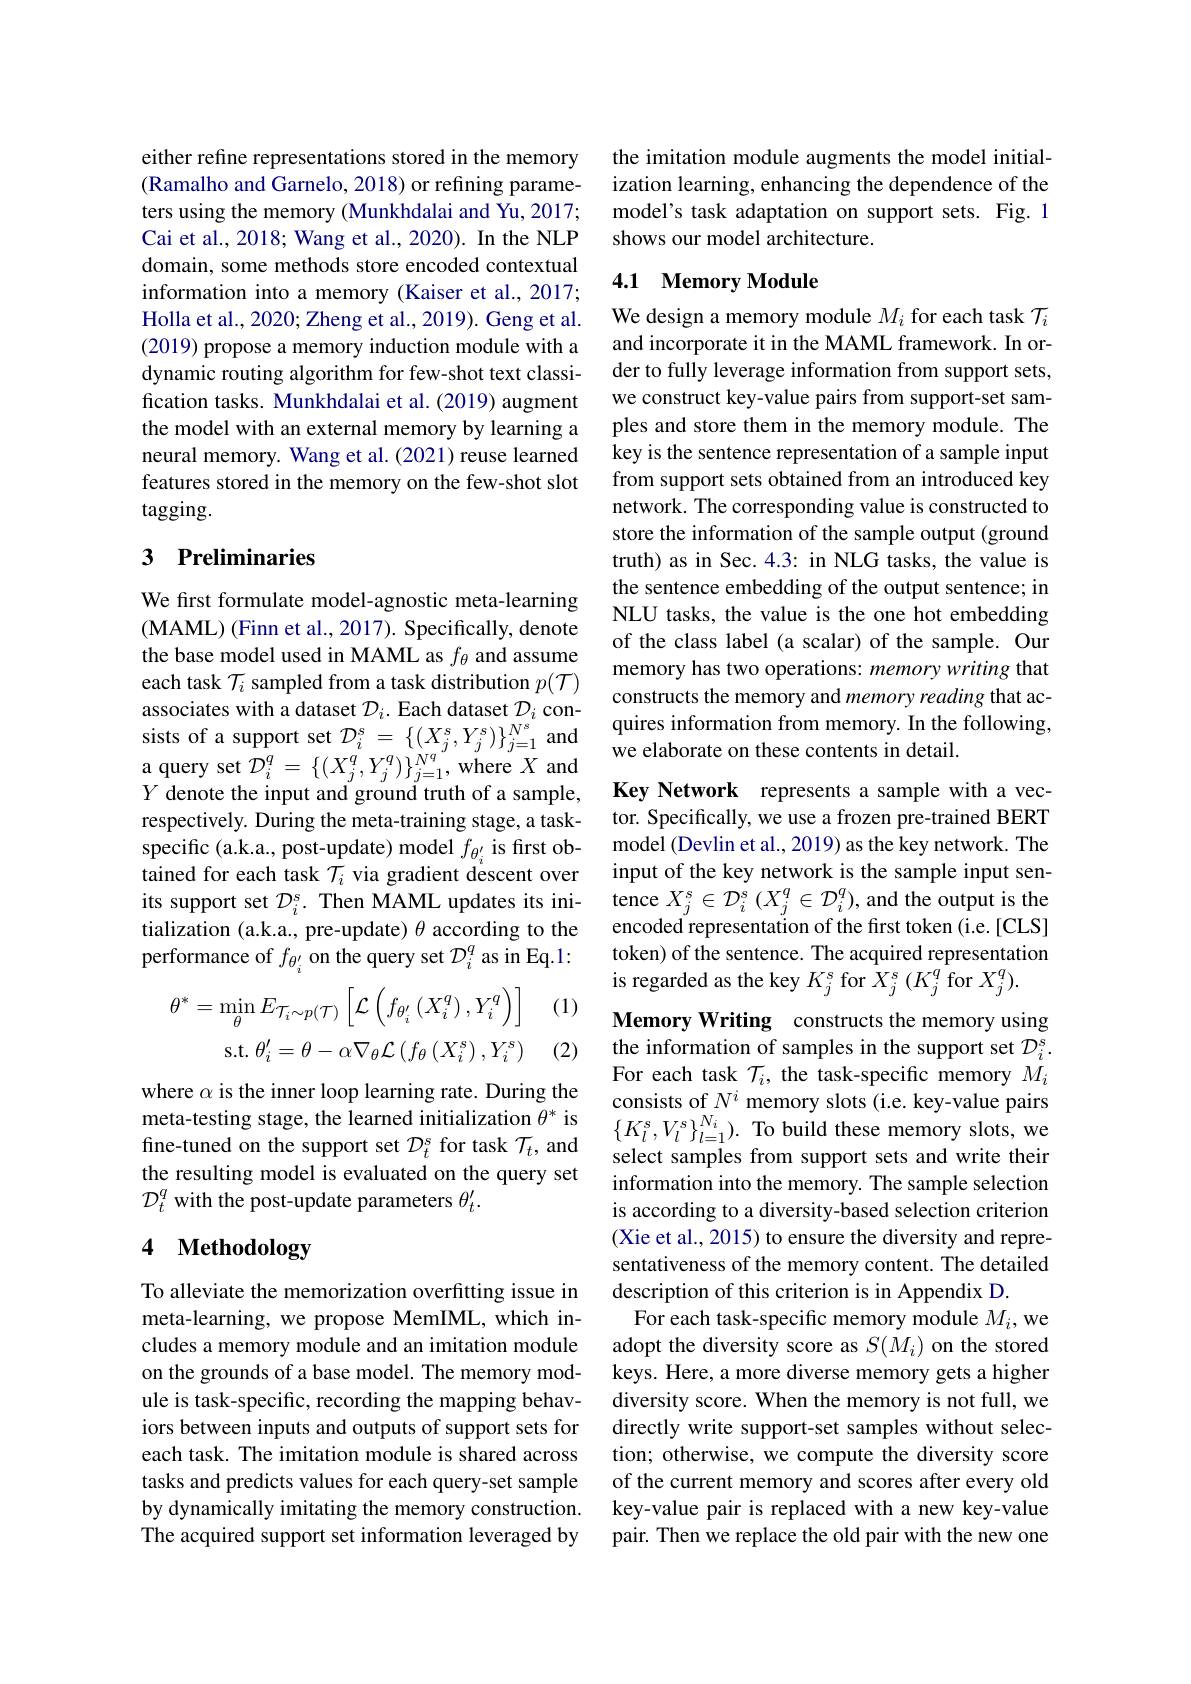
either refine representations stored in the memory (Ramalho and Garnelo, 2018) or refining parameters using the memory (Munkhdalai and Yu, 2017; Cai et al., 2018; Wang et al., 2020). In the NLP domain, some methods store encoded contextual information into a memory (Kaiser et al., 2017; Holla et al., 2020; Zheng et al., 2019). Geng et al. (2019) propose a memory induction module with a dynamic routing algorithm for few-shot text classification tasks. Munkhdalai et al. (2019) augment the model with an external memory by learning a neural memory. Wang et al. (2021) reuse learned features stored in the memory on the few-shot slot tagging.

### 3 Preliminaries

We first formulate model-agnostic meta-learning (MAML) (Finn et al., 2017). Specifically, denote the base model used in MAML as $f_\theta$ and assume each task $\mathcal{T}_i$ sampled from a task distribution $p(\mathcal{T})$ $Y$ denote the input and ground truth of a sample, respectively. During the meta-training stage, a taskspecific (a.k.a., post-update) model $f_{\theta_{i}^{\prime}}$ is first obtained for each task $\mathcal{T}_i$ via gradient descent over its support set $\mathcal{D}_i^\mathrm{s}.$ Then MAML updates its initialization (a.k.a., pre-update) $\theta$ according to the performance of $f_{\theta_i^{\prime}}$ on the query set $\mathcal{D}_i^q$ as in Eq.1:

(1)
$$\theta^{*}=\operatorname*{min}_{\theta}E_{\mathcal{T}_{i}\sim p(\mathcal{T})}\left[\mathcal{L}\left(f_{\theta_{i}^{\prime}}\left(X_{i}^{q}\right),Y_{i}^{q}\right)\right]\\\mathrm{s.t.}\:\theta_{i}^{\prime}=\theta-\alpha\nabla_{\theta}\mathcal{L}\left(f_{\theta}\left(X_{i}^{s}\right),Y_{i}^{s}\right)$$
(2)

where $\alpha$ is the inner loop learning rate. During the
fine-tuned on the support set $\mathcal{D}_t^s$ for task $\mathcal{T}_t$, and the resulting model is evaluated on the query set $\mathcal{D}_t^q$ with the post-update parameters $\theta_t^\prime.$

# 4 Methodology

To alleviate the memorization overfitting issue in meta-learning, we propose MemIML, which includes a memory module and an imitation module on the grounds of a base model. The memory module is task-specific, recording the mapping behaviors between inputs and outputs of support sets for each task. The imitation module is shared across tasks and predicts values for each query-set sample by dynamically imitating the memory construction. The acquired support set information leveraged by

the imitation module augments the model initialization learning, enhancing the dependence of the model's task adaptation on support sets. Fig.1 shows our model architecture.

## 4.1 Memory Module

We design a memory module $M_i$ for each task $\mathcal{T}_i$ and incorporate it in the MAML framework. In order to fully leverage information from support sets, we construct key-value pairs from support-set samples and store them in the memory module. The key is the sentence representation of a sample input from support sets obtained from an introduced key network. The corresponding value is constructed to store the information of the sample output (ground truth) as in Sec.4.3: in NLG tasks, the value is the sentence embedding of the output sentence; in NLU tasks, the value is the one hot embedding of the class label (a scalar) of the sample. Our memory has two operations: memory writing that constructs the memory and memory reading that ac-
associates with a dataset $\mathcal{D}_i.$ Each dataset $\mathcal{D}_i.$ Each dataset $\mathcal{D}_i$ con- quires information from memory. In the following,sists of a support set $\mathcal{D}_i^s=\{(X_j^s,Y_j^s)\}_{j=1}^{N^s}$ and we elaborate on these contents in detail.a query

Key Network represents a sample with a vector. Specifically, we use a frozen pre-trained BERT model (Devlin et al., 2019) as the key network. The input of the key network is the sample input sentence $X_{j}^{s}\in\mathcal{D}_{i}^{s}\left(X_{j}^{q}\in\mathcal{D}_{i}^{q}\right)$,and the output is the encoded representation of the first token (i.e.[CLS] token) of the sentence. The acquired representation is regarded as the key $K_j^s$ for $X_j^s(K_j^q$ for $X_j^q).$

Memory Writing constructs the memory using the information of samples in the support set $\mathcal{D}_i^s.$ For each task $\mathcal{T}_i$, the task-specific memory $M_i$ select samples from support sets and write their information into the memory. The sample selection is according to a diversity-based selection criterion (Xie et al., 2015) to ensure the diversity and representativeness of the memory content. The detailed description of this criterion is in Appendix D.
For each task-specific memory module $M_i$,we adopt the diversity score as $S(M_i)$ on the stored keys. Here, a more diverse memory gets a higher diversity score. When the memory is not full, we directly write support-set samples without selection; otherwise, we compute the diversity score of the current memory and scores after every old key-value pair is replaced with a new key-value pair. Then we replace the old pair with the new one